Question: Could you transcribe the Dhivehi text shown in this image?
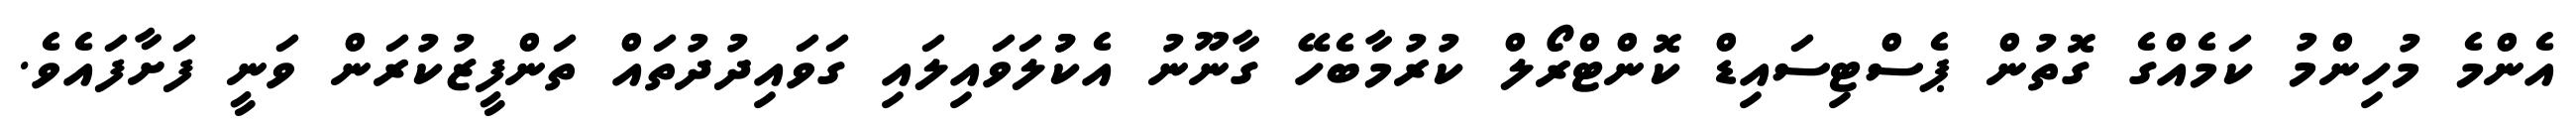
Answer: އެންމެ މުހިންމު ކަމެއްގެ ގޮތުން ޕެސްޓިސައިޑް ކޮންޓްރޯލް ކުރުމާބެހޭ ގާނޫނު އެކުުލަވައިލައި ގަވައިދުދުތައް ތަންފީޒުކުރަން ވަނީ ފަށާފައެވެ.